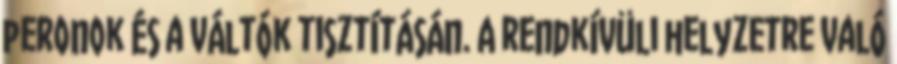
peronok és a váltók tisztításán. A rendkívüli helyzetre való